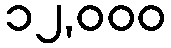
၁၂,၀၀၀